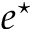
e ^ { \star }